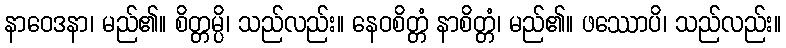
နာဝေဒနာ၊ မည်၏။ စိတ္တမ္ပိ၊ သည်လည်း။ နေဝစိတ္တံ နာစိတ္တံ၊ မည်၏။ ဖဿောပိ၊ သည်လည်း။